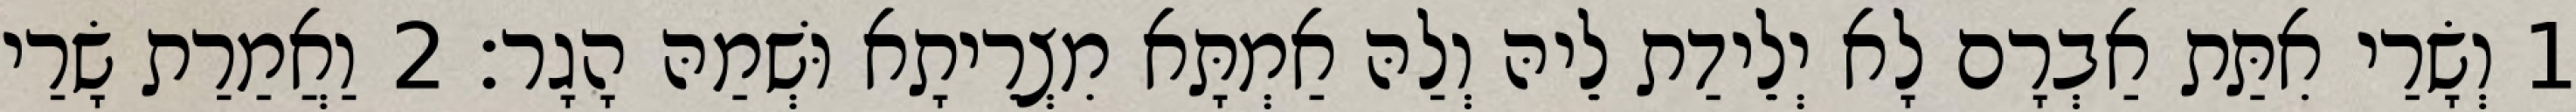
1 וְשָׂרַי אִתַּת אַבְרָם לָא יְלֵידַת לֵיהּ וְלַהּ אַמְתָּא מִצְרֵיתָא וּשְׁמַהּ הָגָר׃ 2 וַאֲמַרַת שָׂרַי